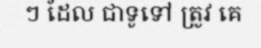
ៗ ដែល ជាទូទៅ ត្រូវ គេ